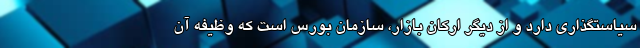
سیاستگذاری دارد و از دیگر ارکان بازار، سازمان بورس است که وظیفه آن